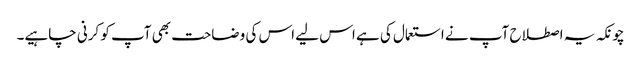
چونکہ یہ اصطلاح آپ نے استعمال کی ہے اس لیے اس کی وضاحت بھی آپ کو کرنی چاہیے۔